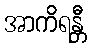
အာကိရန္တီ